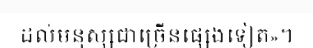
ដល់មនុស្សជាច្រើនផ្សេងទៀត»។